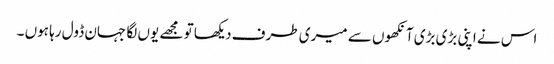
اس نے اپنی بڑی بڑی آنکھوں سے میری طرف دیکھا تو مجھے یوں لگا جہان ڈول رہا ہوں ۔